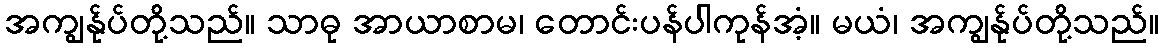
အကျွန်ုပ်တို့သည်။ သာဓု အာယာစာမ၊ တောင်းပန်ပါကုန်အံ့။ မယံ၊ အကျွန်ုပ်တို့သည်။